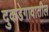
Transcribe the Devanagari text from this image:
दुकडेगावातील